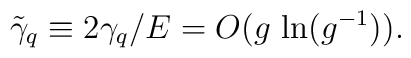
\tilde{\gamma}_q \equiv 2 \gamma_q / E = O (g \, \ln (g^{- 1})) .